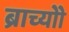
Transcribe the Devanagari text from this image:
ब्राच्योो